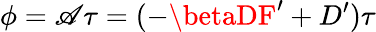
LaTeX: \phi=\mathscr{A}\tau=(-\betaDF^{\prime}+D^{\prime})\tau